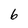
Character: 6